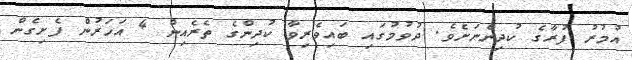
އުމުރު ފުރާގެ ކުދިންނަށެވެ. ދުވުމުގައި ބައިވެރިވާ ކުދިންގެ ތެރެއިން 4 އަހަރުން ފެށިގެން